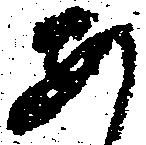
あ